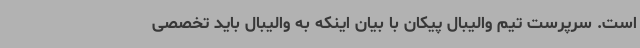
است. سرپرست تیم والیبال پیکان با بیان اینکه به والیبال باید تخصصی